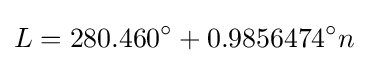
L=280.460^{\circ }+0.9856474^{\circ }n